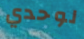
لوحدي